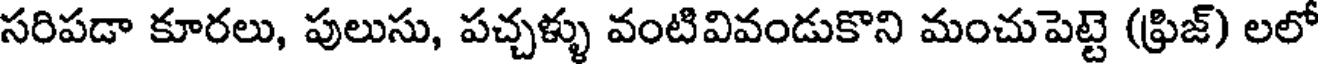
సరిపడా కూరలు, పులుసు, పచ్చళ్ళు వంటివివండుకొని మంచుపెట్టె (ఫ్రిజ్) లలో